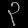
Digit: ၃